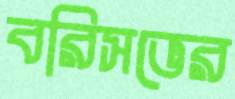
বরিসভের